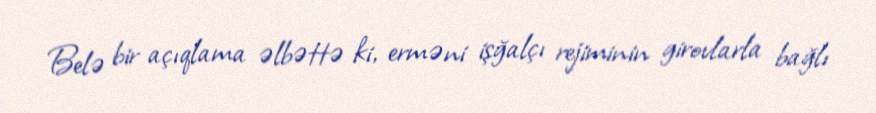
Belə bir açıqlama əlbəttə ki, erməni işğalçı rejiminin girovlarla bağlı